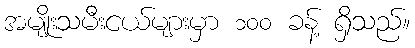
အမျိုးသမီးငယ်များမှာ ၁၀၀ ခန့် ရှိသည်။